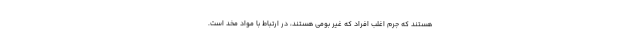
هستند که جرم اغلب افراد که غیر بومی هستند، در ارتباط با مواد مخد است.